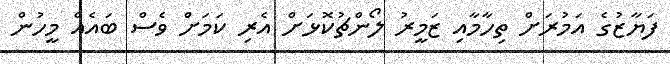
ފަޔާޒުގެ އަމުރަށް ތިހާމާއި ޒަމީރު ލޯންޗުކޮޅަށް އެރި ކަމަށް ވެސް ބައެއް މީހުން